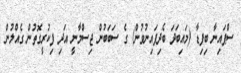
ސްޕައިނާ ބިފިޑާ (މައިބަދަ ބެދިފައިނުވުން) ގެ ސަބަބުން ޖިސްމާނީ އަދި ފިކުރީގޮތުން ގެއްލުން